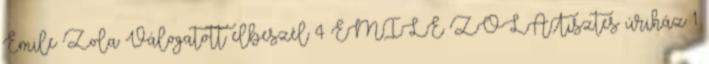
Émile Zola Válogatott elbeszél 4 ÉMILE ZOLATisztes úriház 1